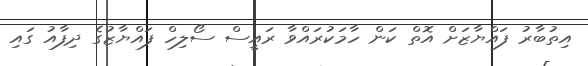
އިތުބާރު ފައްޔާޒަށް އޮތް ކަން ހާމަކުރައްވާ ރައީސް ސޯލިހް ފައްޔާޒުގެ ދިފާއު ގައި